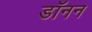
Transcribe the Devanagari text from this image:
डॉनन